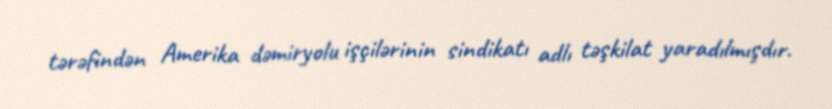
tərəfindən Amerika dəmiryolu işçilərinin sindikatı adlı təşkilat yaradılmışdır.